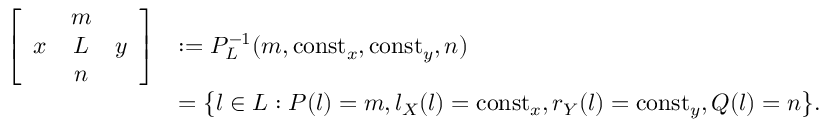
\begin{array} { r l } { \left[ \begin{array} { c c c } & { m } & \\ { x } & { L } & { y } \\ & { n } & \end{array} \right] } & { : = P _ { L } ^ { - 1 } ( m , { \mathrm { c o n s t } } _ { x } , { \mathrm { c o n s t } } _ { y } , n ) } \\ & { = \big \{ l \in L : P ( l ) = m , l _ { X } ( l ) = { \mathrm { c o n s t } } _ { x } , r _ { Y } ( l ) = { \mathrm { c o n s t } } _ { y } , Q ( l ) = n \big \} . } \end{array}